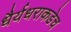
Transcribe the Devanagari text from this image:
धैर्यधराकडेच